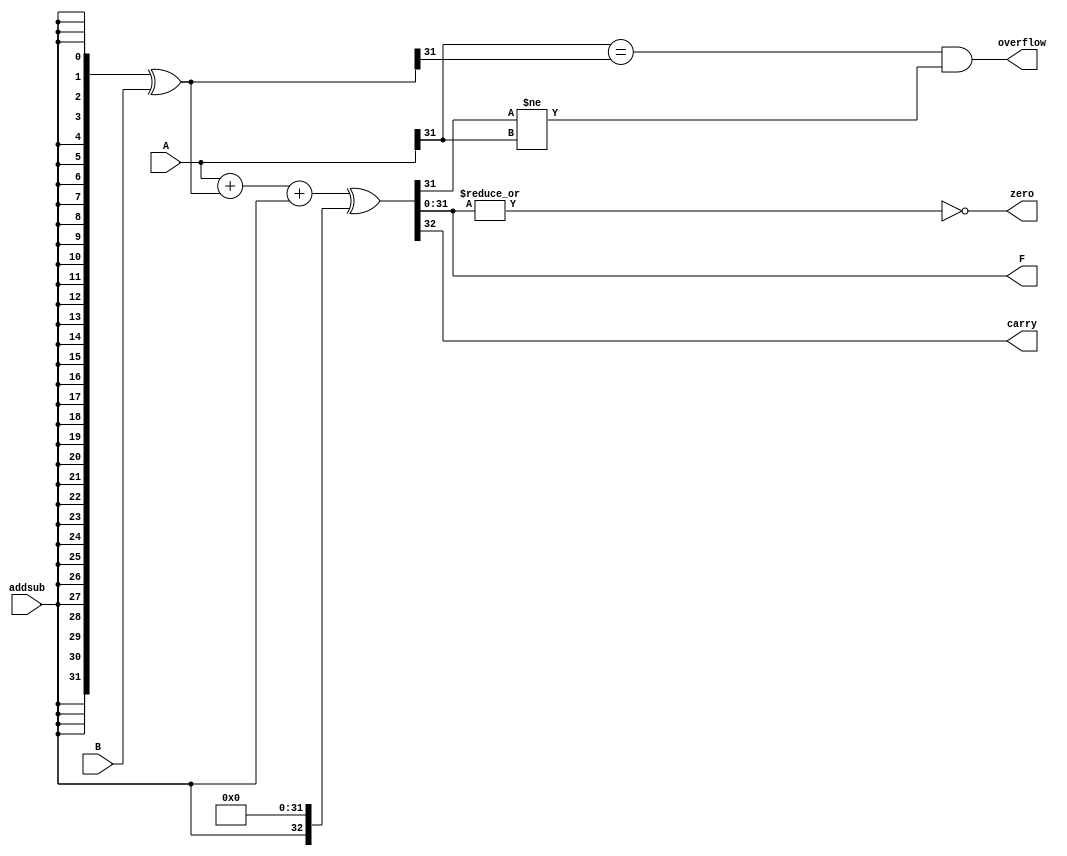
module adder(
	input  [31:0] A,
	input  [31:0] B,
	input  addsub,
	output [31:0] F,
	output carry,
	output zero,
	output overflow
	);

	wire [31:0] t_no_Cin;

	assign t_no_Cin = {32{addsub}}^B;
	assign { carry, F } = (A + t_no_Cin + addsub) ^ (addsub << 32);
	assign overflow = (A[31] == t_no_Cin[31]) && (F[31] != A[31]);
	assign zero = ~(|F);

endmodule